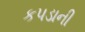
કપડાની